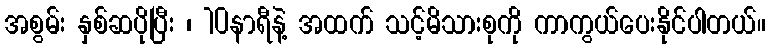
အစွမ်း နှစ်ဆပိုပြီး ၊ 10နာရီနဲ့ အထက် သင့်မိသားစုကို ကာကွယ်ပေးနိုင်ပါတယ်။